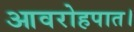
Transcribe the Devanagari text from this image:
आवरोहपात।